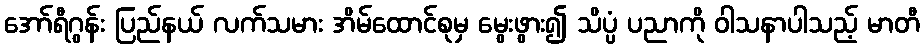
အော်ရီဂွန်း ပြည်နယ် လက်သမား အိမ်ထောင်စုမှ မွေးဖွား၍ သိပ္ပံ ပညာကို ဝါသနာပါသည့် မာတီ